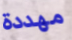
مهددة